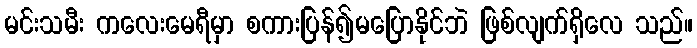
မင်းသမီး ကလေးမေရီမှာ စကားပြန်၍မပြောနိုင်ဘဲ ဖြစ်လျက်ရှိလေ သည်။